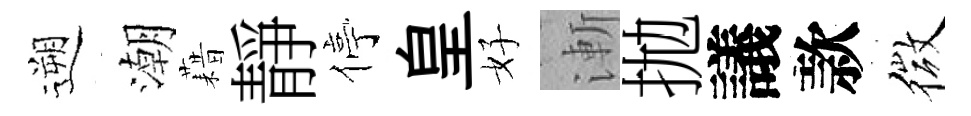
遡潮藉靜停皇好漸拋議款微